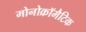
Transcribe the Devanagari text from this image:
मोनोक्रॉमैटिक